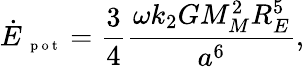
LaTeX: \dot{E}_{\mathrm{~\scriptsize~p~o~t~}}=\frac{3}{4}\frac{\omega k_{2}GM_{M}^{2}R_{E}^{5}}{a^{6}},